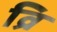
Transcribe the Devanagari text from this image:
व्रि